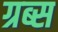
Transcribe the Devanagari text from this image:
ग्रब्स